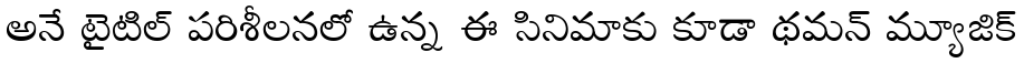
అనే టైటిల్ పరిశీలనలో ఉన్న ఈ సినిమాకు కూడా థమన్ మ్యూజిక్